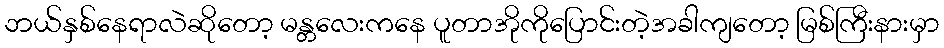
ဘယ်နှစ်နေရာလဲဆိုတော့ မန္တလေးကနေ ပူတာအိုကိုပြောင်းတဲ့အခါကျတော့ မြစ်ကြီးနားမှာ